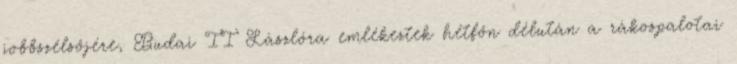
jobbszélsőjére, Budai II Lászlóra emlékeztek hétfőn délután a rákospalotai